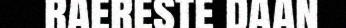
raereste daan